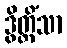
ဒွိတ္တိံသာ